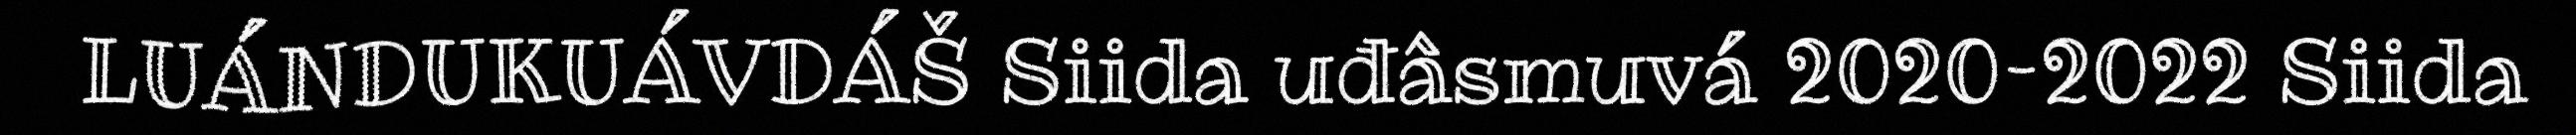
LUÁNDUKUÁVDÁŠ Siida uđâsmuvá 2020–2022 Siida